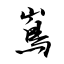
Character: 嶌